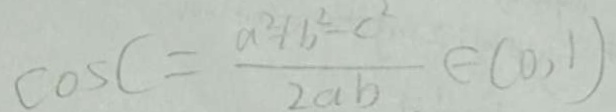
\cos C = \frac { a ^ { 2 } + b ^ { 2 } - c ^ { 2 } } { 2 a b } \in ( 0 , 1 )